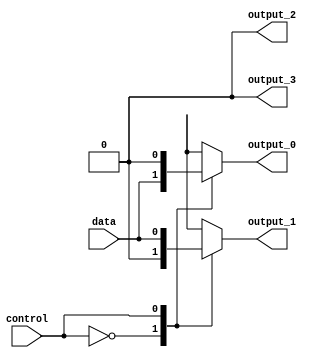
module demultiplexer (
    input data,
    input control,
    output reg output_0,
    output reg output_1,
    output reg output_2,
    output reg output_3
);

always @ (*)
begin
    case (control)
        2'b00: begin
            output_0 = data;
            output_1 = 1'b0;
            output_2 = 1'b0;
            output_3 = 1'b0;
        end
        2'b01: begin
            output_0 = 1'b0;
            output_1 = data;
            output_2 = 1'b0;
            output_3 = 1'b0;
        end
        2'b10: begin
            output_0 = 1'b0;
            output_1 = 1'b0;
            output_2 = data;
            output_3 = 1'b0;
        end
        2'b11: begin
            output_0 = 1'b0;
            output_1 = 1'b0;
            output_2 = 1'b0;
            output_3 = data;
        end
    endcase
end

endmodule